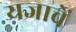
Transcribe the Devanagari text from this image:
यज्ञाचें